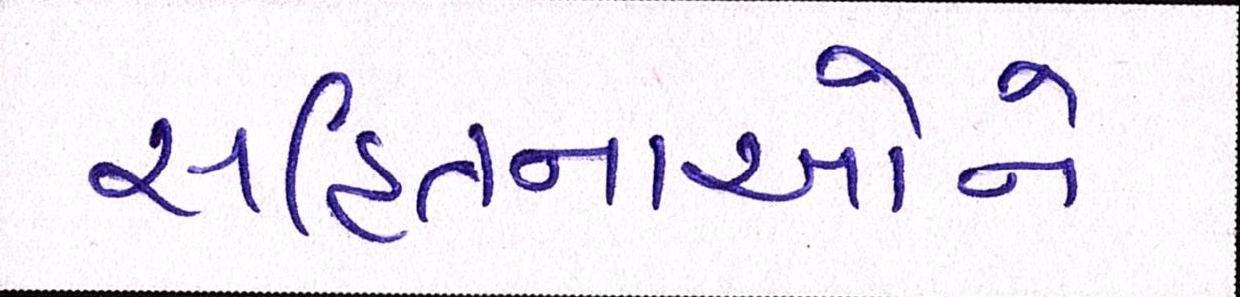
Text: સહિતનાઓને